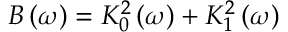
B \left( \omega \right) = K _ { 0 } ^ { 2 } \left( \omega \right) + K _ { 1 } ^ { 2 } \left( \omega \right)